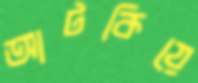
আটকিয়ে